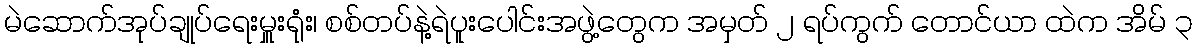
မဲဆောက်အုပ်ချုပ်ရေးမှူးရုံး၊ စစ်တပ်နဲ့ရဲပူးပေါင်းအဖွဲ့တွေက အမှတ် ၂ ရပ်ကွက် တောင်ယာ ထဲက အိမ် ၃